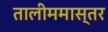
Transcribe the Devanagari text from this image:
तालीममास्तर